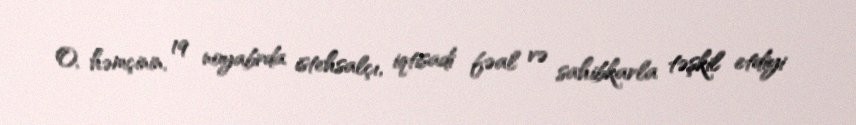
O, həmçinin, 19 noyabrda istehsalçı, iqtisadi fəal və sahibkarla təşkil etdiyi